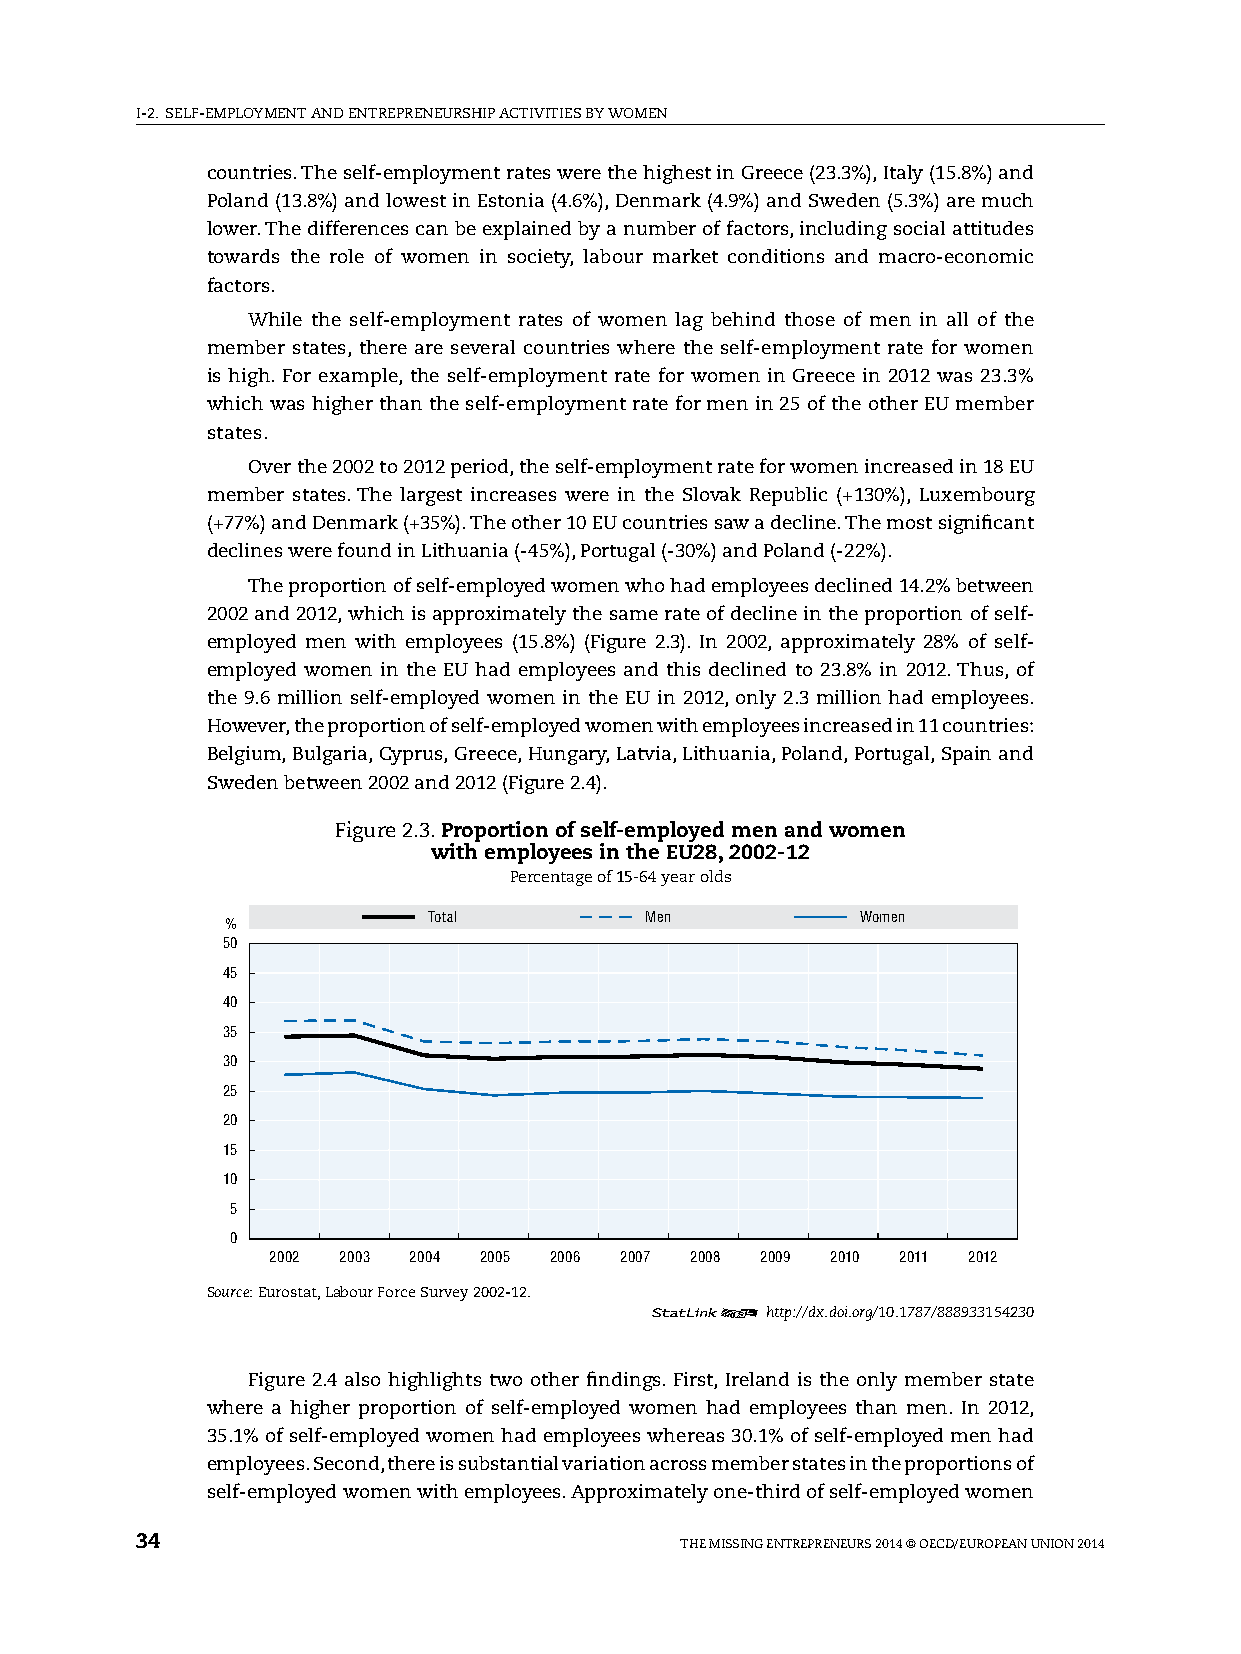
I-2. sElF-EMplOyMENT AND ENTREpRENEURshIp ACTIvITIEs By WOMEN
 countries. The self-employment rates were the highest in Greece (23.3%), Italy (15.8%) and
 poland (13.8%) and lowest in Estonia (4.6%), Denmark (4.9%) and sweden (5.3%) are much
 lower. The differences can be explained by a number of factors, including social attitudes
 towards the role of women in society, labour market conditions and macro-economic
 factors.
 While the self-employment rates of women lag behind those of men in all of the
 member states, there are several countries where the self-employment rate for women
 is high. For example, the self-employment rate for women in Greece in 2012 was 23.3%
 which was higher than the self-employment rate for men in 25 of the other EU member
 states.
 Over the 2002 to 2012 period, the self-employment rate for women increased in 18 EU
 member states. The largest increases were in the slovak Republic (+130%), luxembourg
 (+77%) and Denmark (+35%). The other 10 EU countries saw a decline. The most significant
 declines were found in lithuania (-45%), portugal (-30%) and poland (-22%).
 The proportion of self-employed women who had employees declined 14.2% between
 2002 and 2012, which is approximately the same rate of decline in the proportion of self-
 employed men with employees (15.8%) (Figure 2.3). In 2002, approximately 28% of self-
 employed women in the EU had employees and this declined to 23.8% in 2012. Thus, of
 the 9.6 million self-employed women in the EU in 2012, only 2.3 million had employees.
 however, the proportion of self-employed women with employees increased in 11 countries:
 Belgium, Bulgaria, Cyprus, Greece, hungary, latvia, lithuania, poland, portugal, spain and
 sweden between 2002 and 2012 (Figure 2.4).
 Figure 2.3. Proportion of self-employed men and women
 with employees in the EU28, 2002-12
 percentage of 15-64 year olds
 %            Total          Men           Women
 50
 45
 40
 35
 30
 25
 20
 15
 10
 5
 0
 2002 2003 2004 2005 2006 2007 2008 2009 2010 2011 2012
 Source: Eurostat, labour Force survey 2002-12.
 12      http://dx.doi.org/10.1787/888933154230
 Figure 2.4 also highlights two other findings. First, Ireland is the only member state
 where a higher proportion of self-employed women had employees than men. In 2012,
 35.1% of self-employed women had employees whereas 30.1% of self-employed men had
 employees. second, there is substantial variation across member states in the proportions of
 self-employed women with employees. Approximately one-third of self-employed women
 34                                  ThE MIssING ENTREpRENEURs 2014 © OECD/EUROpEAN UNION 2014